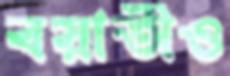
বয়াতীও